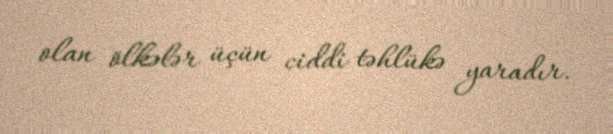
olan ölkələr üçün ciddi təhlükə yaradır.